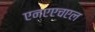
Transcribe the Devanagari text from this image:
एनएएचएल